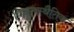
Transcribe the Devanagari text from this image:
विद्युतस्थैतिक